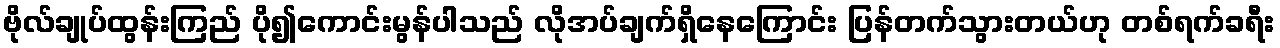
ဗိုလ်ချုပ်ထွန်းကြည် ပို၍ကောင်းမွန်ပါသည် လိုအပ်ချက်ရှိနေကြောင်း ပြန်တက်သွားတယ်ဟု တစ်ရက်ခရီး